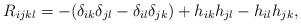
LaTeX: \begin{align*}R_{ijkl}=-(\delta_{ik}\delta_{jl}-\delta_{il}\delta_{jk})+h_{ik}h_{jl}-h_{il}h_{jk}, \end{align*}